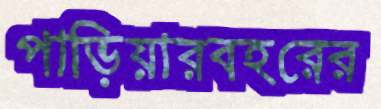
পাড়িয়ারবহরের